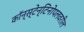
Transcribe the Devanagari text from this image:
कॉन्स्टेन्टिनोपलवरील